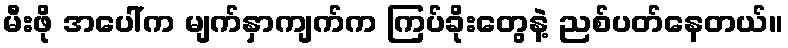
မီးဖို အပေါ်က မျက်နှာကျက်က ကြပ်ခိုးတွေနဲ့ ညစ်ပတ်နေတယ်။